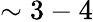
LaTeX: \sim 3-4